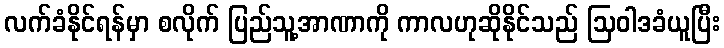
လက်ခံနိုင်ရန်မှာ စလိုက် ပြည်သူ့အာဏာကို ကာလဟုဆိုနိုင်သည် ဩဝါဒခံယူပြီး